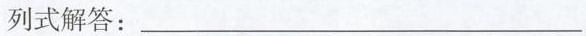
列式解答：___